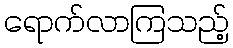
ရောက်လာကြသည့်